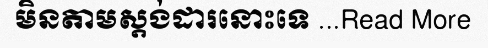
មិនតាមស្តង់ដារនោះទេ ...Read More